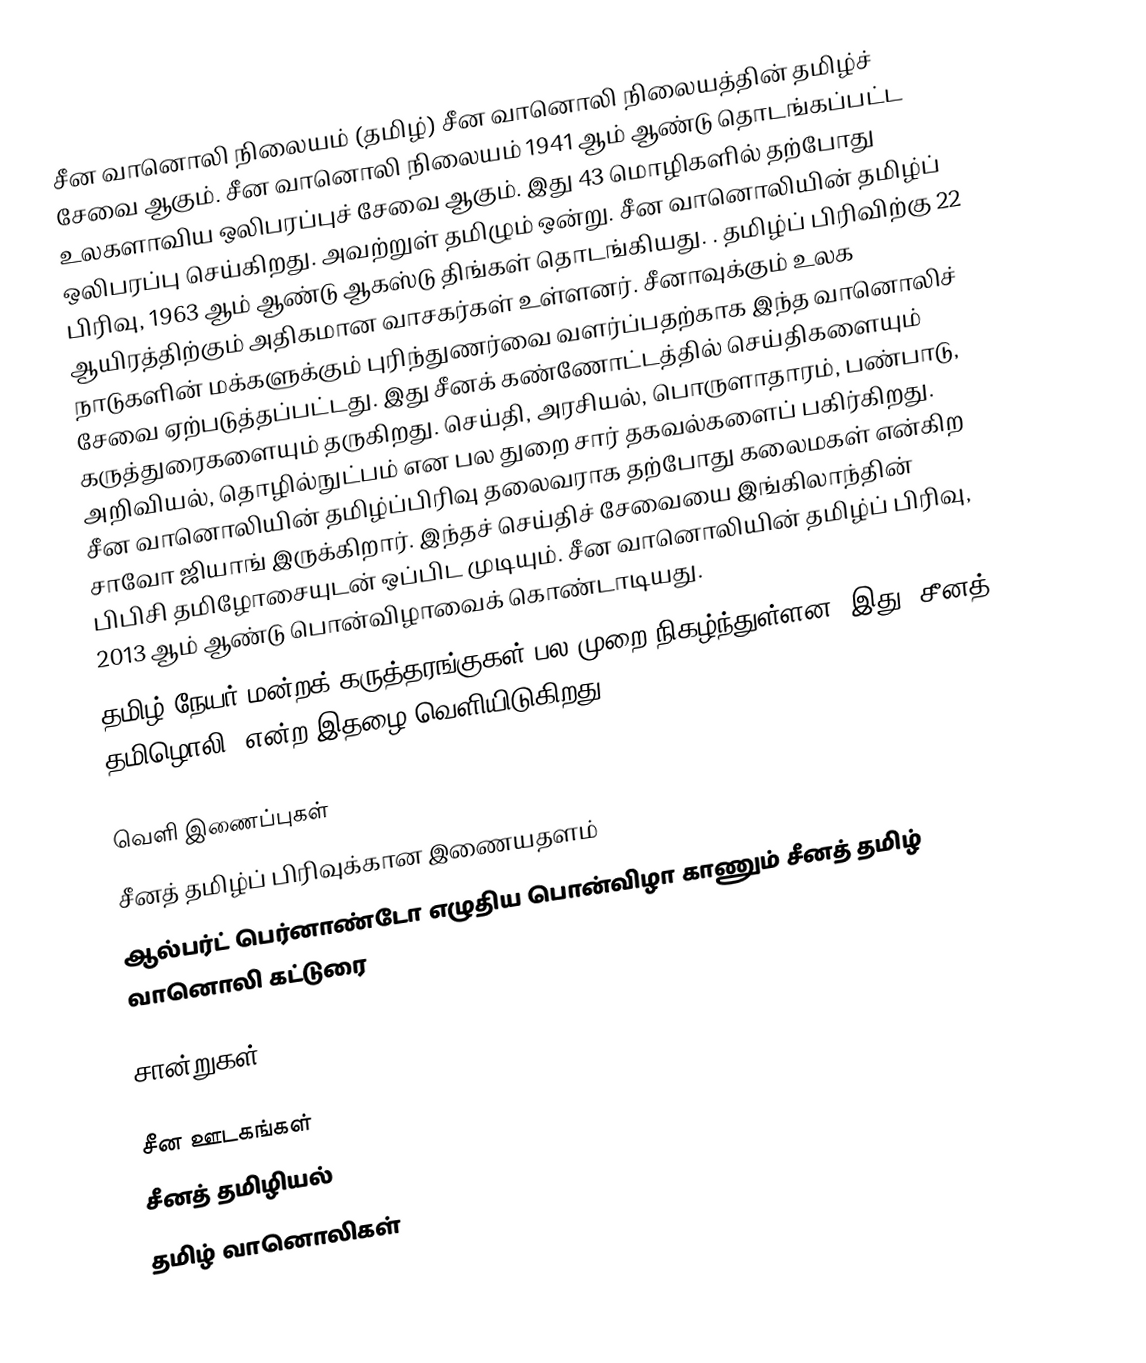
சீன வானொலி நிலையம் (தமிழ்) சீன வானொலி நிலையத்தின் தமிழ்ச் சேவை ஆகும். சீன வானொலி நிலையம் 1941 ஆம் ஆண்டு தொடங்கப்பட்ட உலகளாவிய ஒலிபரப்புச் சேவை ஆகும். இது 43 மொழிகளில் தற்போது ஒலிபரப்பு செய்கிறது. அவற்றுள் தமிழும் ஒன்று. சீன வானொலியின் தமிழ்ப் பிரிவு, 1963 ஆம் ஆண்டு ஆகஸ்டு திங்கள் தொடங்கியது. . தமிழ்ப் பிரிவிற்கு 22 ஆயிரத்திற்கும் அதிகமான வாசகர்கள் உள்ளனர். சீனாவுக்கும் உலக நாடுகளின் மக்களுக்கும் புரிந்துணர்வை வளர்ப்பதற்காக இந்த வானொலிச் சேவை ஏற்படுத்தப்பட்டது.  இது சீனக் கண்ணோட்டத்தில் செய்திகளையும் கருத்துரைகளையும் தருகிறது.  செய்தி, அரசியல், பொருளாதாரம், பண்பாடு, அறிவியல், தொழில்நுட்பம் என பல துறை சார் தகவல்களைப் பகிர்கிறது. சீன வானொலியின் தமிழ்ப்பிரிவு தலைவராக தற்போது கலைமகள் என்கிற சாவோ ஜியாங் இருக்கிறார். இந்தச் செய்திச் சேவையை இங்கிலாந்தின் பிபிசி தமிழோசையுடன் ஒப்பிட முடியும். சீன வானொலியின் தமிழ்ப் பிரிவு, 2013 ஆம் ஆண்டு பொன்விழாவைக் கொண்டாடியது.
தமிழ் நேயர் மன்றக் கருத்தரங்குகள் பல முறை நிகழ்ந்துள்ளன. இது "சீனத் தமிழொலி" என்ற இதழை வெளியிடுகிறது.

வெளி இணைப்புகள்
 சீனத் தமிழ்ப் பிரிவுக்கான இணையதளம்
 ஆல்பர்ட் பெர்னாண்டோ எழுதிய பொன்விழா காணும் சீனத் தமிழ் வானொலி கட்டுரை

சான்றுகள்

சீன ஊடகங்கள்
சீனத் தமிழியல்
தமிழ் வானொலிகள்